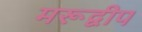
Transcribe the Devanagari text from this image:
मरूद्वीप